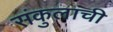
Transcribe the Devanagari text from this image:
संकुलांची